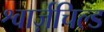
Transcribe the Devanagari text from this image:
श्वार्ज़चिल्ड